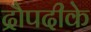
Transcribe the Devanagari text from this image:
द्रौपदीके